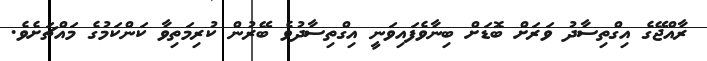
ރާއްޖޭގެ އިގްތިސާދު ވަރަށް ބޮޑަށް ބިނާވެފައިވަނީ އިގްތިސާދުވެ ބޭރުން ކުރިމަތިވާ ކަންކަމުގެ މައްޗަށެވެ.